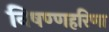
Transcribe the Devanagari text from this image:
निषण्णहरिणा